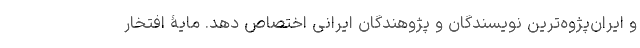
و ایران‌پژوه‌ترین نویسندگان و پژوهندگان ایرانی اختصاص دهد. مایۀ افتخار